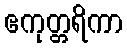
ဧကုတ္တရိကာ